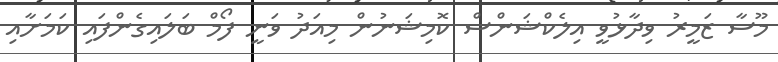
މޫސާ ޒަމީރު ވިދާޅުވީ އިލެކްޝަންސް ކޮމިޝަނުން މިއަދު ވަނީ ފޯމް ބަލައިގެންފައި ކަމަށާއި